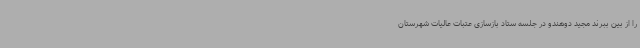
را از بین ببرند مجید دوهندو در جلسه ستاد بازسازی عتبات عالیات شهرستان